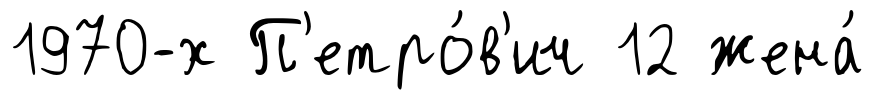
1970-х П'етро́в'ич 12 жена́